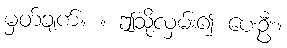
မှတ်ချက်။ ။ ဤသို့လှမ်း၍ ပေးဦး။